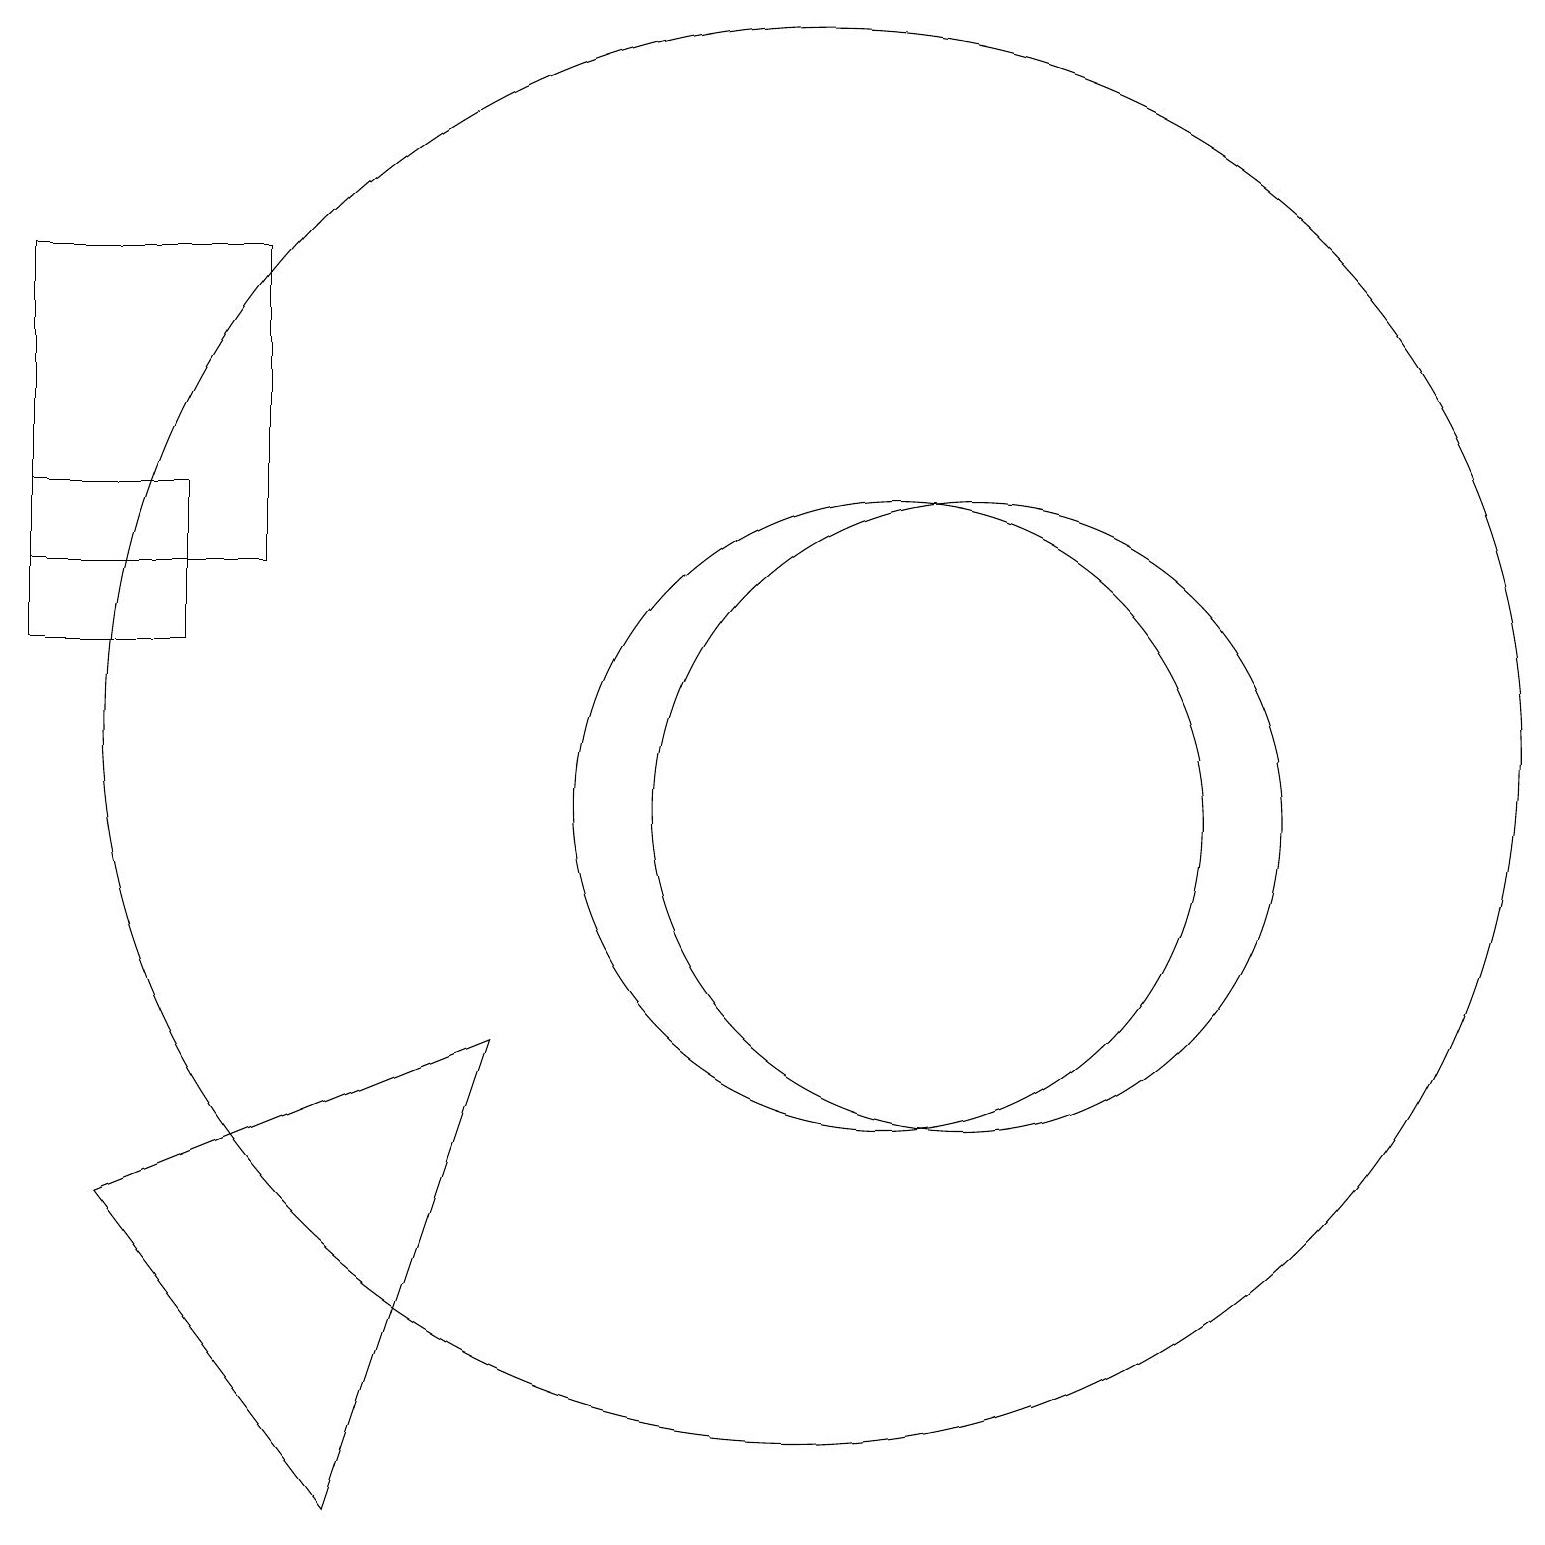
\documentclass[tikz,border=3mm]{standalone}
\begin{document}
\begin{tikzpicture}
\draw (3,14) rectangle (0,18);
\draw (12,11) circle (4);
\draw (2,13) rectangle (0,15);
\draw (10,12) circle (9);
\draw (6,8) -- (4,2) -- (1,6) -- cycle;
\draw (11,11) circle (4);
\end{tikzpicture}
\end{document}